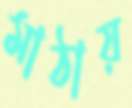
মাঠায়